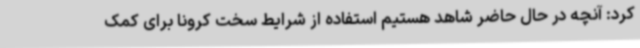
کرد: آنچه در حال حاضر شاهد هستیم استفاده از شرایط سخت کرونا برای کمک